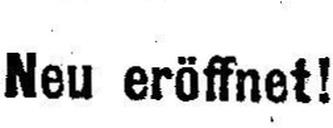
Neu eröffnet!